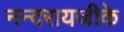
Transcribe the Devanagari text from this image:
नन्दरायजीके